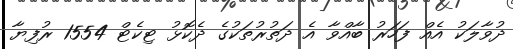
ދުވާލަކު އެއް ފަހަރު ބާއްވާ އެ ދަތުރުތަކުގެ ދެކޮޅު ޓިކެޓް 1554 ރުފިޔާ